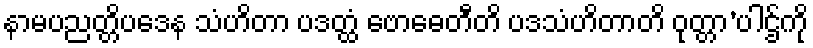
နာမပညတ္တိပဒေန သံဟိတာ ပဒတ္ထံ ဗောဓေတီတိ ပဒသံဟိတာတိ ဝုတ္တာ’ပါဌ်ကို